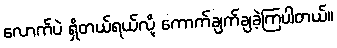
လောက်ပဲ ရှိတယ်ရယ်လို့ ကောက်ချက်ချခဲ့ကြပါတယ်။